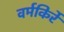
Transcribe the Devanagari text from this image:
वर्मकिर्रे